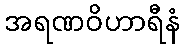
အရဏဝိဟာရီနံ